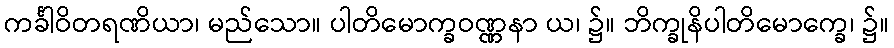
ကင်္ခါဝိတရဏိယာ၊ မည်သော။ ပါတိမောက္ခဝဏ္ဏနာ ယ၊ ၌။ ဘိက္ခုနိပါတိမောက္ခေ၊ ၌။